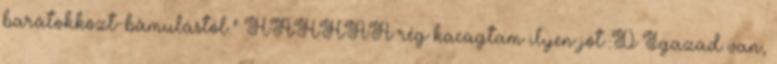
barátokközt-bámulástól." HAHHAA rég kacagtam ilyen jót :D Igazad van,